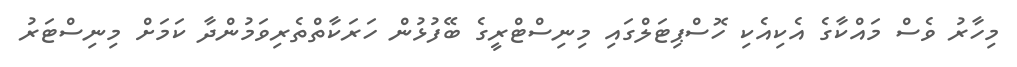
މިހާރު ވެސް މައްކާގެ އެކިއެކި ހޮސްޕިޓަލްގައި މިނިސްޓްރީގެ ބޭފުޅުން ހަރަކާތްތެރިވަމުންދާ ކަމަށް މިނިސްޓަރު